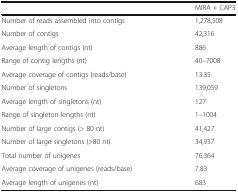
<table><thead><tr><td></td><td><b>MIRA + CAP3</b></td></tr></thead><tbody><tr><td>Number of reads assembled into contigs</td><td>1,278,508</td></tr><tr><td>Number of contigs</td><td>42,316</td></tr><tr><td>Average length of contigs (nt)</td><td>886</td></tr><tr><td>Range of contig lengths (nt)</td><td>40–7008</td></tr><tr><td>Average coverage of contigs (reads/base)</td><td>13.35</td></tr><tr><td>Number of singletons</td><td>139,059</td></tr><tr><td>Average length of singletons (nt)</td><td>127</td></tr><tr><td>Range of singleton lengths (nt)</td><td>1–1004</td></tr><tr><td>Number of large contigs (&gt; 80 nt)</td><td>41,427</td></tr><tr><td>Number of large singletons (&gt;80 nt)</td><td>34,937</td></tr><tr><td>Total number of unigenes</td><td>76,364</td></tr><tr><td>Average coverage of unigenes (reads/base)</td><td>7.83</td></tr><tr><td>Average length of unigenes (nt)</td><td>683</td></tr></tbody></table>